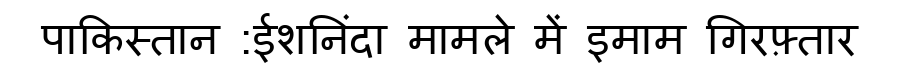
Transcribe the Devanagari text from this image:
पाकिस्तान :ईशनिंदा मामले में इमाम गिरफ़्तार